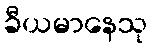
ခီယမာနေသု